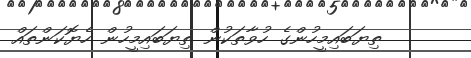
ތިޔަބައިމީހުންގެ ހުވާތަކުން ތިޔަބައިމީހުން ހެޔޮކަންތައް